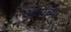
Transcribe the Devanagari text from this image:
अश्वांच्या